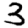
Digit: 3